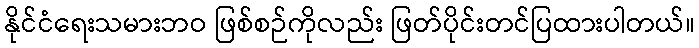
နိုင်ငံရေးသမားဘဝ ဖြစ်စဉ်ကိုလည်း ဖြတ်ပိုင်းတင်ပြထားပါတယ်။